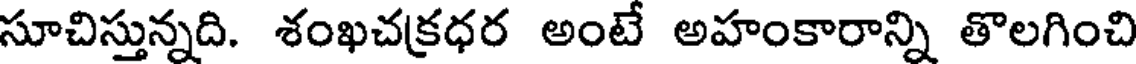
సూచిస్తున్నది. శంఖచక్రధర అంటే అహంకారాన్ని తొలగించి